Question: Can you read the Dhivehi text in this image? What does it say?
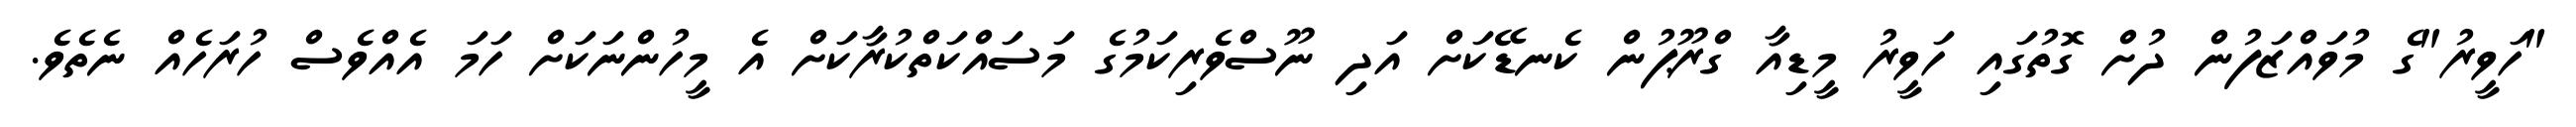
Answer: "ހަވީރު"ގެ މުވައްޒަފުން ދުށް ގޮތުގައި ހަވީރު މީޑިއާ ގްރޫޕުން ކެނޑޭކަށް އަދި ނޫސްވެރިކަމުގެ މަސައްކަތްކުރާކަށް އެ މީހުންނަކަށް ހަމަ އެއްވެސް ހުރަހެއް ނެތެވެ.